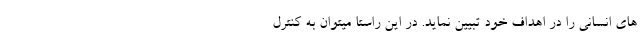
های انسانی را در اهداف خود تبیین نماید. در این راستا میتوان به کنترل